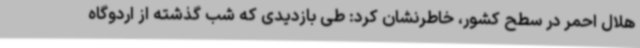
هلال احمر در سطح کشور، خاطرنشان کرد: طی بازدیدی که شب گذشته از اردوگاه